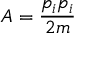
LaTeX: A = { \frac { p _ { i } p _ { i } } { 2 m } }